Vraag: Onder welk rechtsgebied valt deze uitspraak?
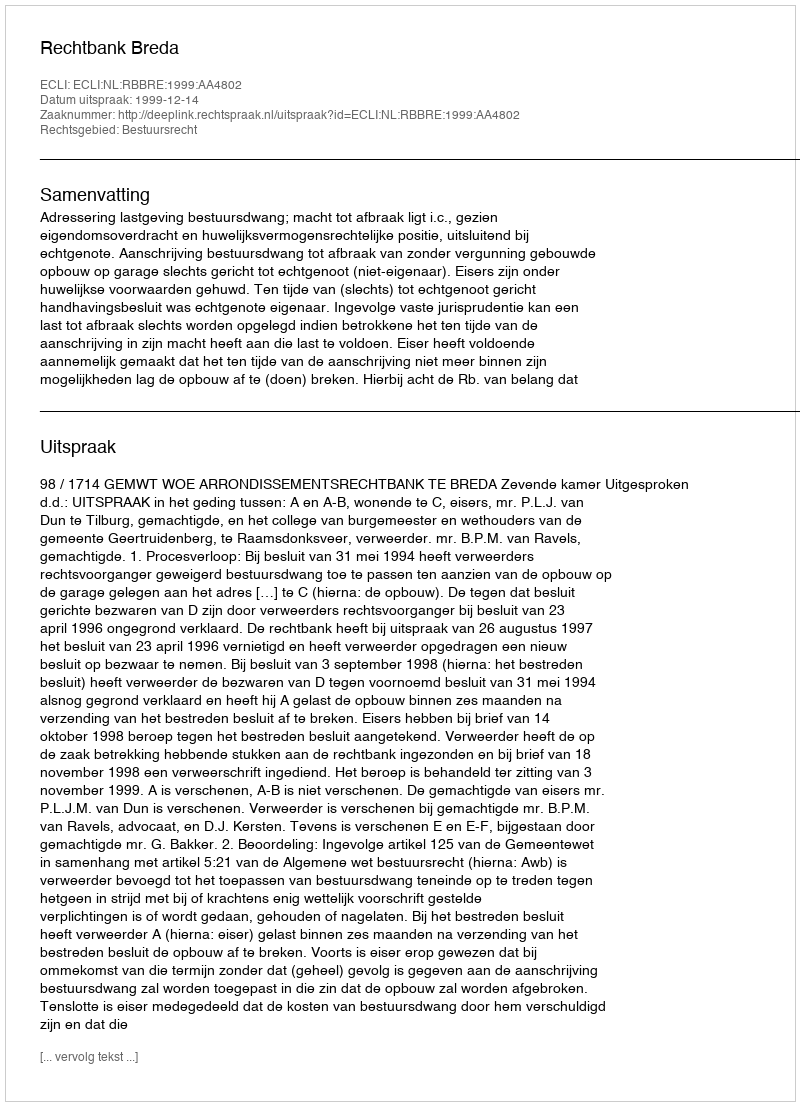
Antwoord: Bestuursrecht